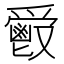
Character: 𩰣